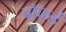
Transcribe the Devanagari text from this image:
वॉफर्ड